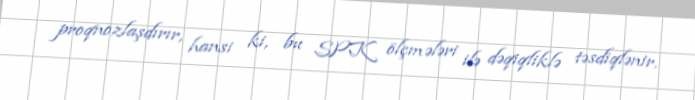
proqnozlaşdırır, hansi ki, bu SPK ölçmələri ilə dəqiqliklə təsdiqlənir.